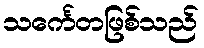
သင်္ကေတဖြစ်သည်